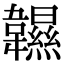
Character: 𩏰